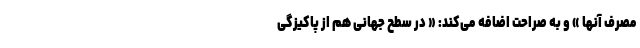
مصرف آنها » و به صراحت اضافه می‌کند: « در سطح جهانی هم از پاکیزگی